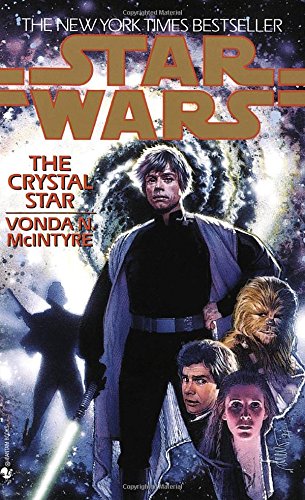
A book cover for The Crystal Star (Star Wars); Vonda McIntyre; Science Fiction & Fantasy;